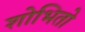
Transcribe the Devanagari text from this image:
शोभितो